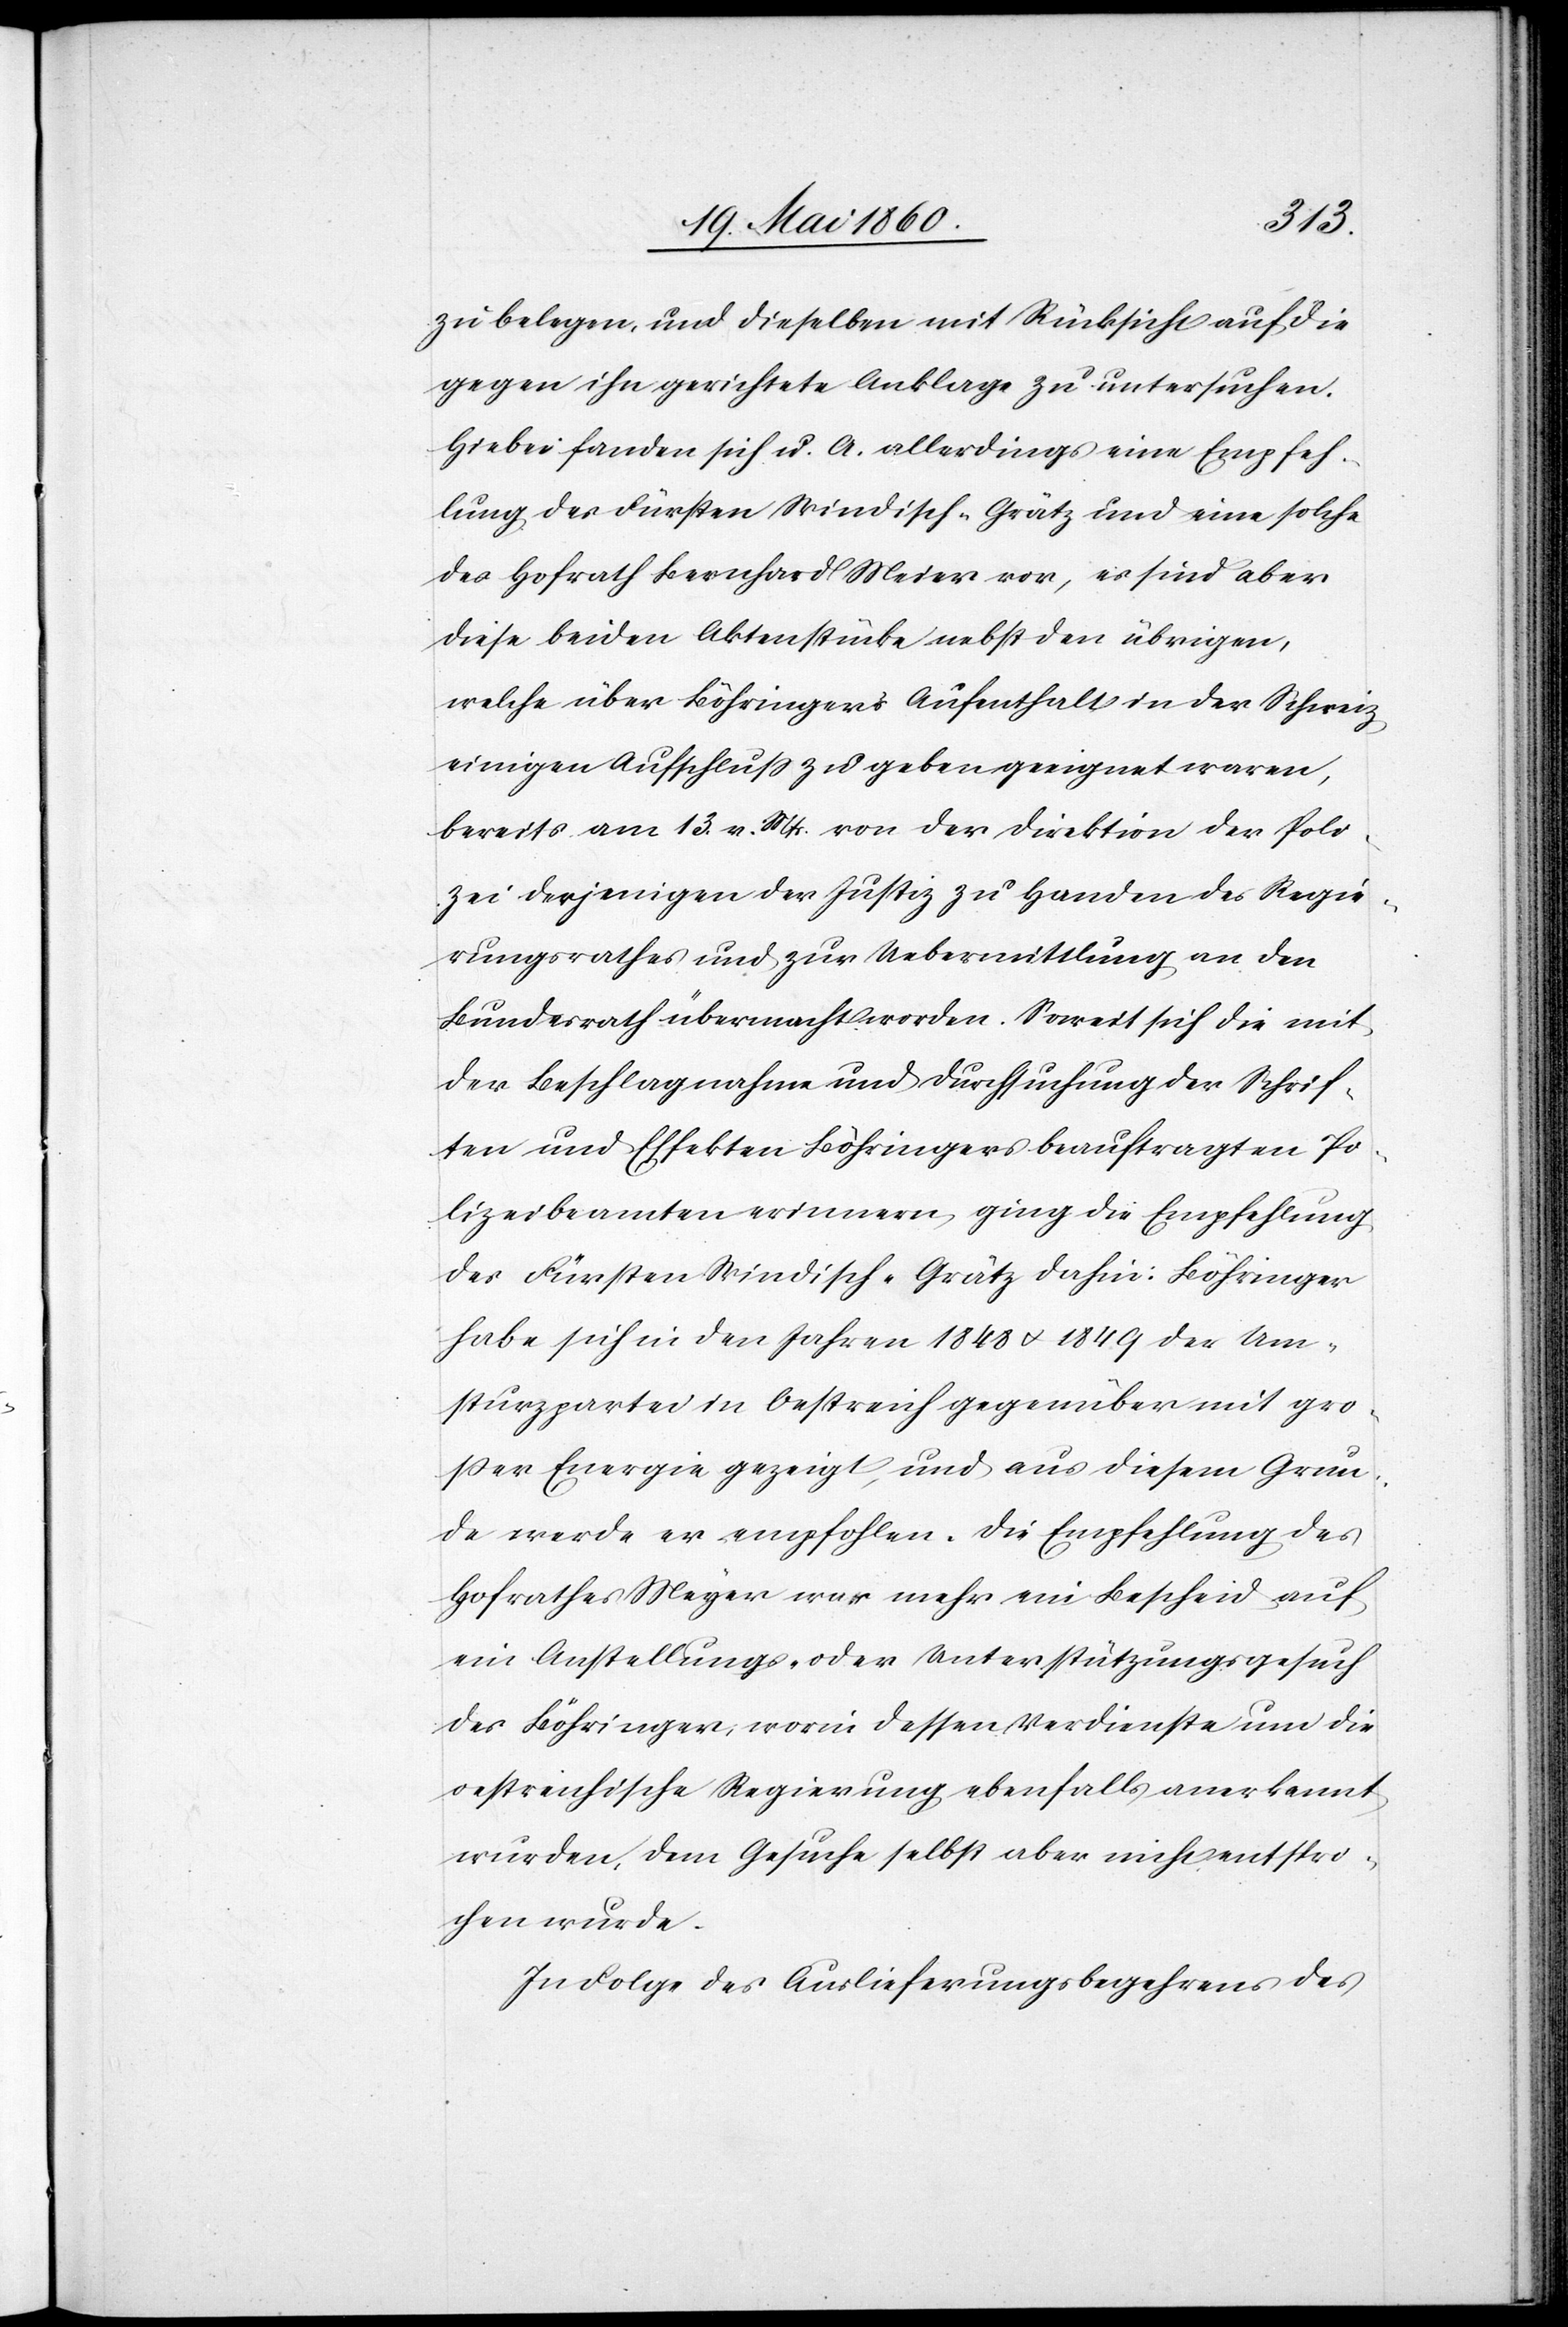
zu belegen, und dieselben mit Rücksicht auf die
gegen ihn gerichtete Anklage zu untersuchen.
Hiebei fanden sich u. A. allerdings eine Empfeh¬
lung des Fürsten Windisch-Grätz und eine solche
des Hofrath Bernhard Meier vor, es sind aber
diese beiden Aktenstücke nebst den übrigen,
welche über Böhringers Aufenthalt in der Schweiz
einigen Aufschluss zu geben geeignet waren,
bereits am 13. v. Mts. von der Direktion der Poli¬
zei derjenigen der Justiz zu Handen des Regie¬
rungsrathes und zur Uebermittlung an den
Bundesrath übermacht worden. Soweit sich die mit
der Beschlagnahme und Durchsuchung der Schrif¬
ten und Effekten Böhringers beauftragten Po¬
lizeibeamten erinnern, ging die Empfehlung
des Fürsten Windisch-Grätz dahin: Böhringer
habe sich in den Jahren 1848 u. 1849 der Um¬
sturzpartei in Oestreich gegenüber mit gro¬
sser Energie gezeigt, und aus diesem Grun¬
de werde er empfohlen. Die Empfehlung des
Hofrathes Meyer [sic!] war ein Bescheid auf
ein Anstellungs- oder Unterstützungsgesuch
des Böhringer, worin dessen Verdienste um die
oestreichische Regierung ebenfalls anerkannt
wurden, dem Gesuche selbst aber nicht entspro¬
chen wurde.
In Folge des Auslieferungsbegehrens des